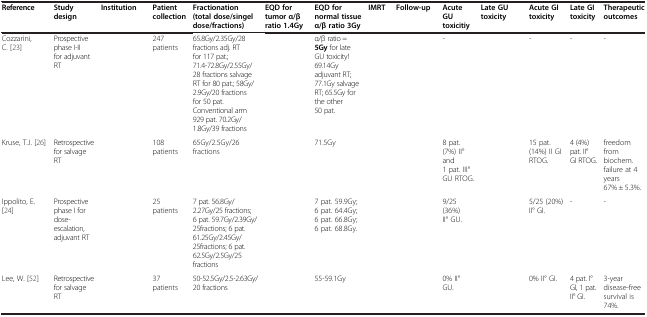
<table><thead><tr><td><b>Reference</b></td><td><b>Study design</b></td><td><b>Institution</b></td><td><b>Patient collection</b></td><td><b>Fractionation(total dose/singel dose/fractions)</b></td><td><b>EQD for tumor α/β ratio 1.4Gy</b></td><td><b>EQD for normal tissue α/β ratio 3Gy</b></td><td><b>IMRT</b></td><td><b>Follow-up</b></td><td><b>Acute GU toxicitiy</b></td><td><b>Late GU toxicity</b></td><td><b>Acute GI toxicity</b></td><td><b>Late GI toxicity</b></td><td><b>Therapeutic outcomes</b></td></tr></thead><tbody><tr><td>Cozzarini, C. [23]</td><td>Prospective phase I-II for adjuvant RT</td><td>[EMPTY_CELL]</td><td>247 patients</td><td>65.8Gy/2.35Gy/28 fractions adj. RT for 117 pat.; 71.4-72.8Gy/2.55Gy/28 fractions salvage RT for 80 pat.; 58Gy/2.9Gy/20 fractions for 50 pat. Conventional arm 929 pat. 70.2Gy/1.8Gy/39 fractions</td><td>[EMPTY_CELL]</td><td>α/β ratio = <b>5Gy</b> for late GU toxicity! 69.14Gy adjuvant RT; 77.1Gy salvage RT; 65.5Gy for the other 50 pat.</td><td>[EMPTY_CELL]</td><td>[EMPTY_CELL]</td><td>-</td><td>[EMPTY_CELL]</td><td>-</td><td>-</td><td>-</td></tr><tr><td>Kruse, T.J. [26]</td><td>Retrospective for salvage RT</td><td>[EMPTY_CELL]</td><td>108 patients</td><td>65Gy/2.5Gy/26 fractions</td><td>[EMPTY_CELL]</td><td>71.5Gy</td><td>[EMPTY_CELL]</td><td>[EMPTY_CELL]</td><td>8 pat. (7%) II° and 1 pat. III° GU RTOG.</td><td>[EMPTY_CELL]</td><td>15 pat. (14%) II GI RTOG.</td><td>4 (4%) pat. II° GI RTOG.</td><td>freedom from biochem. failure at 4 years 67% ± 5.3%.</td></tr><tr><td>Ippolito, E. [24]</td><td>Prospective phase I for dose-escalation, adjuvant RT</td><td>[EMPTY_CELL]</td><td>25 patients</td><td>7 pat. 56.8Gy/2.27Gy/25 fractions; 6 pat. 59.7Gy/2.39Gy/25fractions; 6 pat. 61.25Gy/2.45Gy/25fractions; 6 pat. 62.5Gy/2.5Gy/25 fractions</td><td>[EMPTY_CELL]</td><td>7 pat. 59.9Gy; 6 pat. 64.4Gy; 6 pat. 66.8Gy; 6 pat. 68.8Gy.</td><td>[EMPTY_CELL]</td><td>[EMPTY_CELL]</td><td>9/25 (36%) II° GU.</td><td>[EMPTY_CELL]</td><td>5/25 (20%) II° GI.</td><td>-</td><td>-</td></tr><tr><td>Lee, W. [52]</td><td>Retrospective for salvage RT</td><td>[EMPTY_CELL]</td><td>37 patients</td><td>50-52.5Gy/2.5-2.63Gy/20 fractions</td><td>[EMPTY_CELL]</td><td>55-59.1Gy</td><td>[EMPTY_CELL]</td><td>[EMPTY_CELL]</td><td>0% II° GU.</td><td>[EMPTY_CELL]</td><td>0% II° GI.</td><td>4 pat. I° GI, 1 pat. II° GI.</td><td>3-year disease-free survival is 74%.</td></tr></tbody></table>